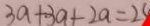
3 a + 3 a + 2 a = 2